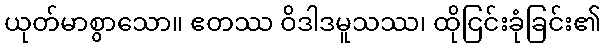
ယုတ်မာစွာသော။ ဧတဿ ဝိဒါဒမူသဿ၊ ထိုငြင်းခုံခြင်း၏